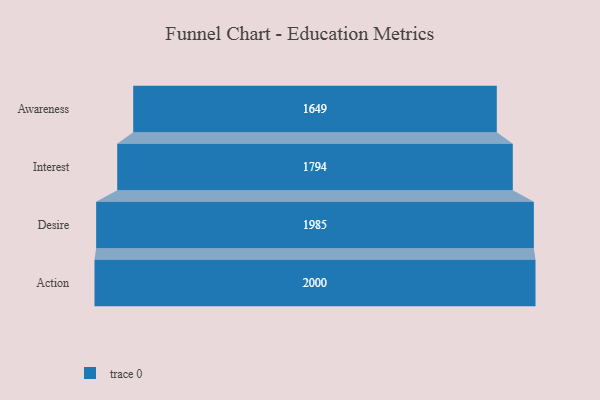
{"axis": {"x": "Stage", "y": "Value"}, "legend": [""], "data": [{"x": "Awareness", "y": 1649.0, "type": ""}, {"x": "Interest", "y": 1794.0, "type": ""}, {"x": "Desire", "y": 1985.0, "type": ""}, {"x": "Action", "y": 2000, "type": ""}]}